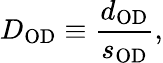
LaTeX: D_{\mathrm{OD}}\equiv\frac{d_{\mathrm{OD}}}{s_{\mathrm{OD}}},